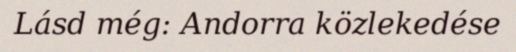
Lásd még: Andorra közlekedése